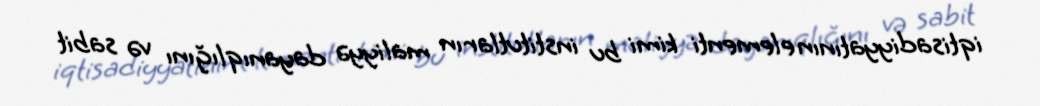
iqtisadiyyatının elementi kimi bu institutların maliyyə dayanıqlığını və sabit